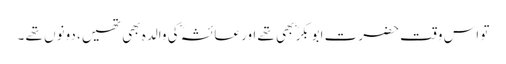
تو اس وقت حضرت ابوبکرؓ بھی تھے اور عائشہؓ کی والدہ بھی تھیں، دونوں تھے ۔